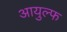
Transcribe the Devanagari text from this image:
आयुल्फ